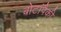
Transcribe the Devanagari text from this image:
बोटांपैकी